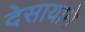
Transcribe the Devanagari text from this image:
देसायाने